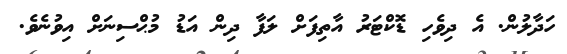
ހަދާލުން. އެ ދިވެހި ޑޮކްޓަރު އާތިފަށް ލަފާ ދިން އަޑު މުޙްސިނަށް އިވުނެވެ.